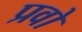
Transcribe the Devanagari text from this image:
प्रवो